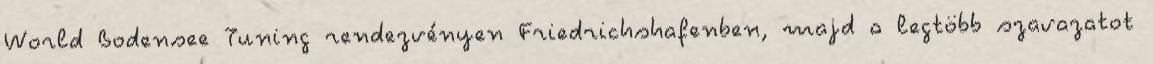
World Bodensee Tuning rendezvényen Friedrichshafenben, majd a legtöbb szavazatot